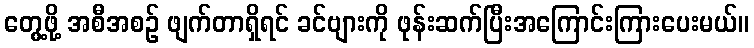
တွေ့ဖို့ အစီအစဉ် ဖျက်တာရှိရင် ခင်ဗျားကို ဖုန်းဆက်ပြီးအကြောင်းကြားပေးမယ်။